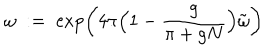
LaTeX: \omega \; : = \; \exp \left( 4 \pi \Big ( 1 - \frac { g } { \pi + g N } \Big ) \tilde { \omega } \right)